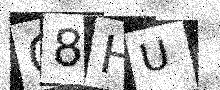
Text: O8HU